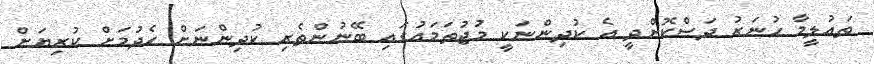
ތައުލީމާ ހުނަރު ދަސްކޮށްދީ އެ ކުދިންނަކީ މުޖުތަމައުގައި ބޭނުންތެރި ކުދިންނަށް ހެދުމަށް ކުރިޔަށް